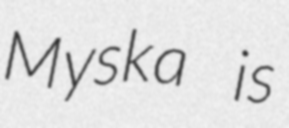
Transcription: Myska is